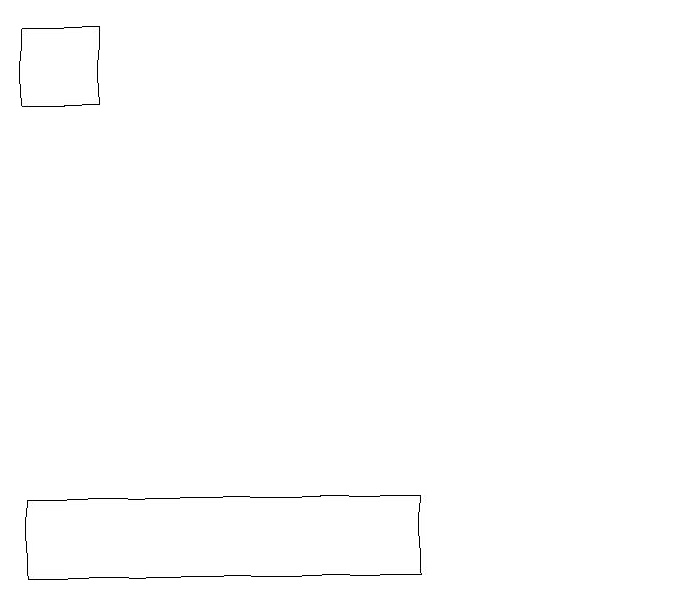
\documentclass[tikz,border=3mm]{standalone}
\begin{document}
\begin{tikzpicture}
\draw (3,11) rectangle (8,10);
\draw (3,17) rectangle (4,16);
\draw (11,10) circle (0);
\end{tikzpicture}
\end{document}